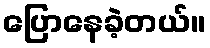
ပြောနေခဲ့တယ်။